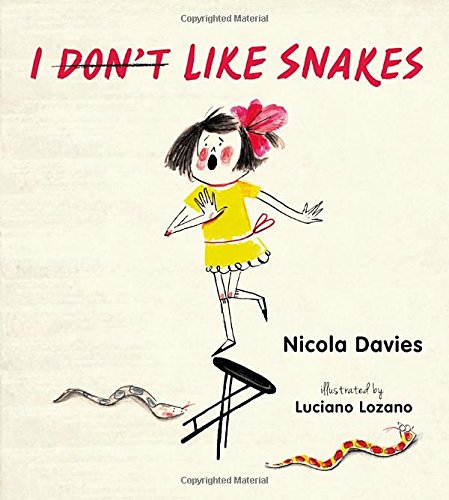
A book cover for I (Don't) Like Snakes; Nicola Davies; Children's Books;